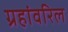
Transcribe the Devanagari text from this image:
ग्रहांवरिल